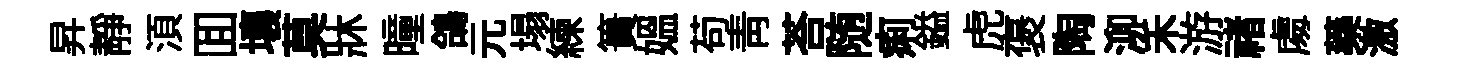
昇靜湏囬壤莫牀曈鴿元塌練簣媪苟青荅随痢鎰虎褒陶泖禾游禇䖏藥激